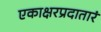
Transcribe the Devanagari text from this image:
एकाक्षरप्रदातारं